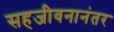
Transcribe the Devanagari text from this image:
सहजीवनानंतर